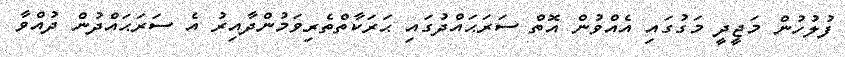
ފުލުހުން މަޖީދީ މަގުގައި އެއްވުން އޮތް ސަރަޙައްދުގައި ޙަރަކާތްތެރިވަމުންދާއިރު އެ ސަރަޙައްދުން ދުއްވާ